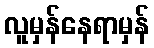
လူမှန်နေရာမှန်